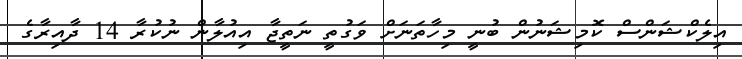
އިލެކްޝަންސް ކޮމިޝަނުން ބުނީ މިހާތަނަށް ވަގުތީ ނަތީޖާ އިއުލާން ނުކުރާ 14 ދާއިރާގެ